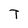
Character: T